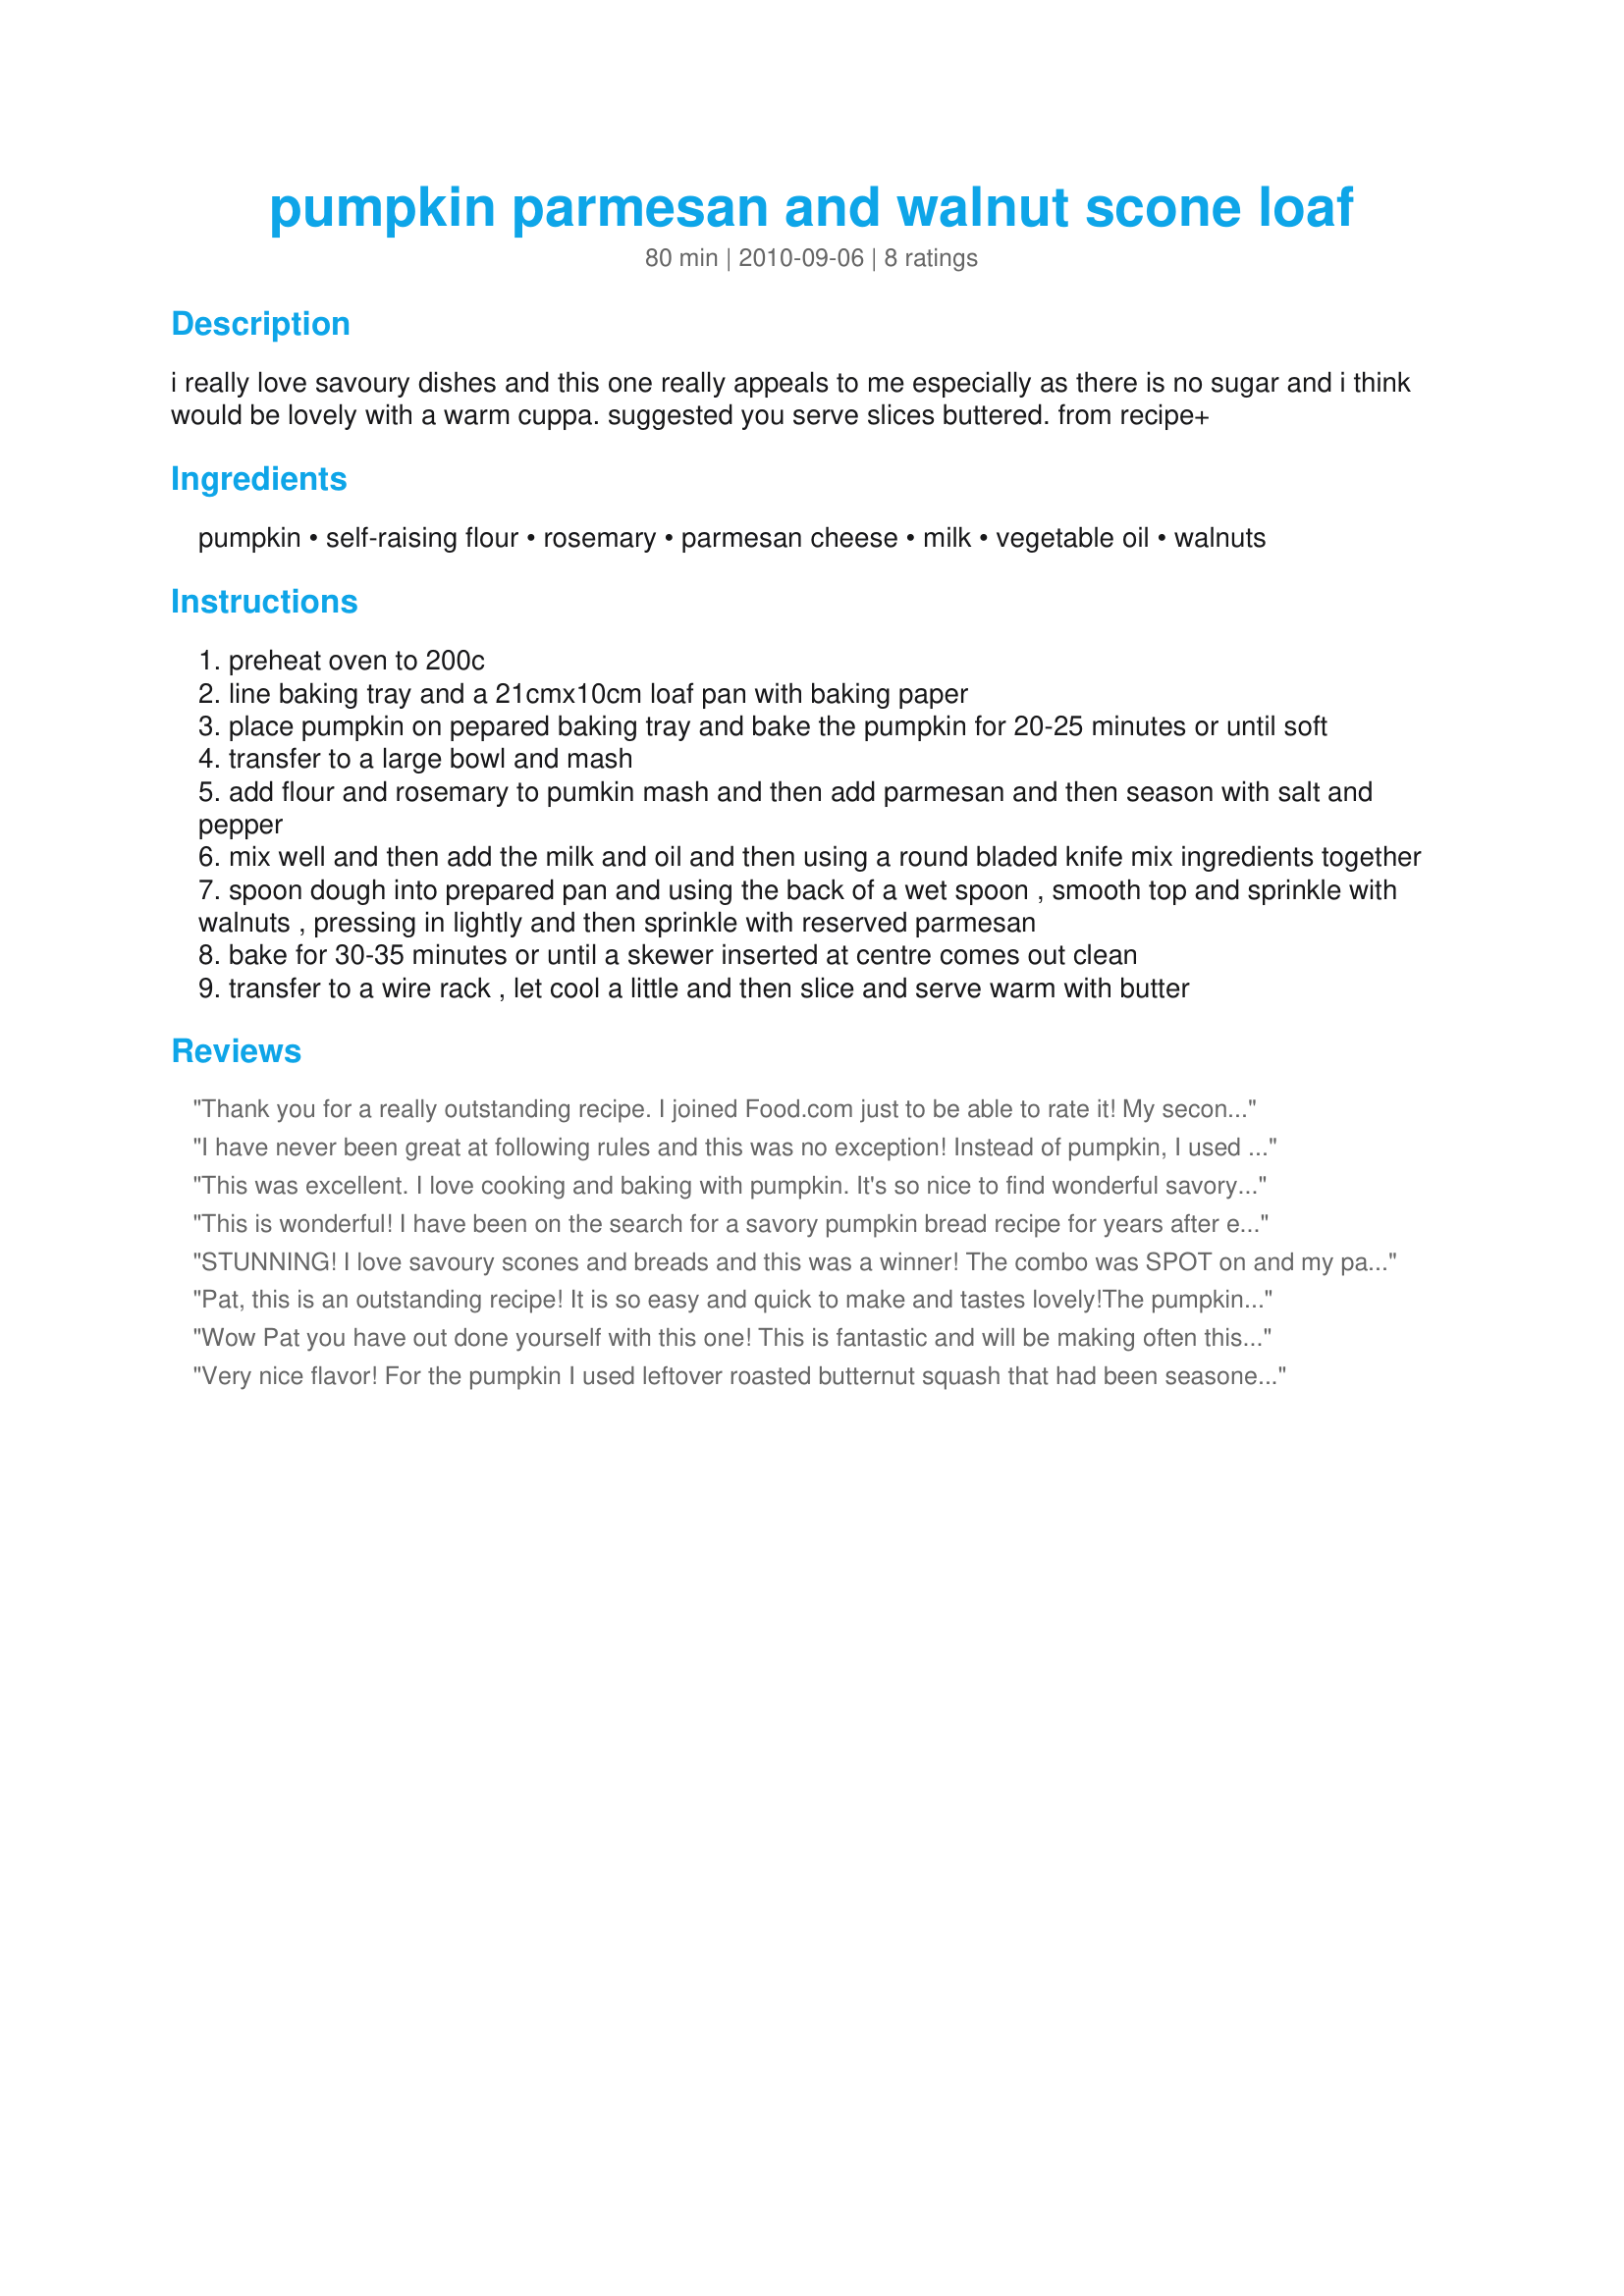
pumpkin parmesan and walnut scone loaf
Preparation time: 80 minutes

i really love savoury dishes and this one really appeals to me especially as there is no sugar and i think would be lovely with a warm cuppa. suggested you serve slices buttered. from recipe+

Ingredients:
pumpkin, self-raising flour, rosemary, parmesan cheese, milk, vegetable oil, walnuts

Steps:
preheat oven to 200c
line baking tray and a 21cmx10cm loaf pan with baking paper
place pumpkin on pepared baking tray and bake the pumpkin for 20-25 minutes or until soft
transfer to a large bowl and mash
add flour and rosemary to pumkin mash and then add parmesan and then season with salt and pepper
mix well and then add the milk and oil and then using a round bladed knife mix ingredients together
spoon dough into prepared pan and using the back of a wet spoon , smooth top and sprinkle with walnuts , pressing in lightly and then sprinkle with reserved parmesan
bake for 30-35 minutes or until a skewer inserted at centre comes out clean
transfer to a wire rack , let cool a little and then slice and serve warm with butter

Reviews:
Thank you for a really outstanding recipe. I joined Food.com just to be able to rate it! My second loaf is in the oven as I type!
I have never been great at following rules and this was no exception! Instead of pumpkin, I used acorn squash because I happened to have one here (doesn't everyone?) and bought a bag of walnuts that ended up being pecans! Even with these changes, this was a wonderful loaf! A very delicious and savoury loaf! You could use the basic recipe and change the herb to another one or use a different kind of cheese - it's very change-friendly. Made for Went to the Market tag game. Thanks I'mPat! :)
This was excellent. I love cooking and baking with pumpkin. It's so nice to find wonderful savory pumpkin recipes like this one.
This is wonderful! I have been on the search for a savory pumpkin bread recipe for years after enjoying one in Santa Fe, NM. This one does not disappoint! We enjoyed this alongside our soup for dinner yesterday. This recipe will be a great inspiration for other savory combinations. Thanks for posting!
STUNNING! I love savoury scones and breads and this was a winner! The combo was SPOT on and my parents loved it! Made it whilst back in the UK on holiday, sorry for being late! Made for Recipe Swap in OZ/NZ forum.
Pat, this is an outstanding recipe! It is so easy and quick to make and tastes lovely!<br/>The pumpkin (I used hokkaido squash) goes great with the rosemary and parmesan cheese and the walnuts add such a great crunch on top.<br/>I loved the flavour of this savoury loaf and will surely make this often again during this fall.<br/>I only had dried rosemary on hand, so I used 2 ts of that, but will only use 1 1/2 ts next time as I found it a little too prominent.<br/>Also I would suggest adding the topping after half the baking time or covering the loaf with the topping already applied as mine got quite dark and I had to scrape some off.<br/>Other than that though I really enjoyed this recipe and so did my family! :)<br/>THANK YOU SO MUCH for sharing another winner with us, Pat!<br/>Made and reviewed for PRMR September 2010.
Wow Pat you have out done yourself with this one! This is fantastic and will be making often this winter. The tasty combo of rosemary, parmesan, walnuts mixed into a savory squash bread makes this the tastiest of treats all on its own, but pairs beautifully with other foods such as soup or roasted veggie dinner. Made using butternut squash which I did not mash to much as want to be able to see pieces in the bread and used the olive oil option. Would not change a thing. Thanks for the post.
Very nice flavor! For the pumpkin I used leftover roasted butternut squash that had been seasoned with a bit of garlic and red pepper flakes, and I added some chopped toasted walnuts to the batter. Most of my cheese cracked off the loaf when I sliced it, but it made a great topping for my salad! Tagged under the 24-hour rule for 1,2,3 Hit Wonders ~
